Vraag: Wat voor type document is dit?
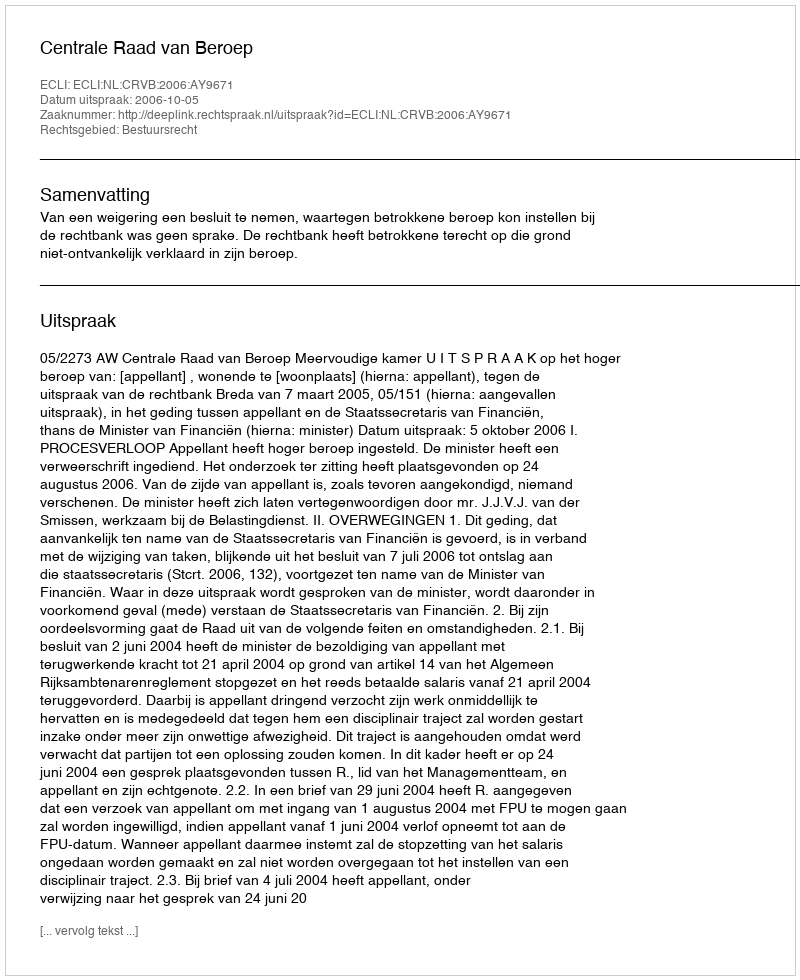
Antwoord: Uitspraak